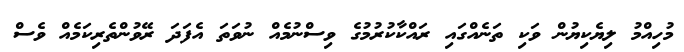
މުހިއްމު ލިޔެކިޔުން ވަކި ތަނެއްގައި ރައްކާކުރުމުގެ ވިސްނުމެއް ނުވަތަ އެފަދަ ރޭވުންތެރިކަމެއް ވެސް